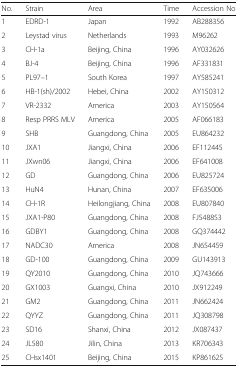
<table><thead><tr><td><b>No.</b></td><td><b>Strain</b></td><td><b>Area</b></td><td><b>Time</b></td><td><b>Accession No</b></td></tr></thead><tbody><tr><td>1</td><td>EDRD-1</td><td>Japan</td><td>1992</td><td>AB288356</td></tr><tr><td>2</td><td>Leystad virus</td><td>Netherlands</td><td>1993</td><td>M96262</td></tr><tr><td>3</td><td>CH-1a</td><td>Beijing, China</td><td>1996</td><td>AY032626</td></tr><tr><td>4</td><td>BJ-4</td><td>Beijing, China</td><td>1996</td><td>AF331831</td></tr><tr><td>5</td><td>PL97–1</td><td>South Korea</td><td>1997</td><td>AY585241</td></tr><tr><td>6</td><td>HB-1(sh)/2002</td><td>Hebei, China</td><td>2002</td><td>AY150312</td></tr><tr><td>7</td><td>VR-2332</td><td>America</td><td>2003</td><td>AY150564</td></tr><tr><td>8</td><td>Resp PRRS MLV</td><td>America</td><td>2005</td><td>AF066183</td></tr><tr><td>9</td><td>SHB</td><td>Guangdong, China</td><td>2005</td><td>EU864232</td></tr><tr><td>10</td><td>JXA1</td><td>Jiangxi, China</td><td>2006</td><td>EF112445</td></tr><tr><td>11</td><td>JXwn06</td><td>Jiangxi, China</td><td>2006</td><td>EF641008</td></tr><tr><td>12</td><td>GD</td><td>Guangdong, China</td><td>2006</td><td>EU825724</td></tr><tr><td>13</td><td>HuN4</td><td>Hunan, China</td><td>2007</td><td>EF635006</td></tr><tr><td>14</td><td>CH-1R</td><td>Heilongjiang, China</td><td>2008</td><td>EU807840</td></tr><tr><td>15</td><td>JXA1-P80</td><td>Guangdong, China</td><td>2008</td><td>FJ548853</td></tr><tr><td>16</td><td>GDBY1</td><td>Guangdong, China</td><td>2008</td><td>GQ374442</td></tr><tr><td>17</td><td>NADC30</td><td>America</td><td>2008</td><td>JN654459</td></tr><tr><td>18</td><td>GD-100</td><td>Guangdong, China</td><td>2009</td><td>GU143913</td></tr><tr><td>19</td><td>QY2010</td><td>Guangdong, China</td><td>2010</td><td>JQ743666</td></tr><tr><td>20</td><td>GX1003</td><td>Guangxi, China</td><td>2010</td><td>JX912249</td></tr><tr><td>21</td><td>GM2</td><td>Guangdong, China</td><td>2011</td><td>JN662424</td></tr><tr><td>22</td><td>QYYZ</td><td>Guangdong, China</td><td>2011</td><td>JQ308798</td></tr><tr><td>23</td><td>SD16</td><td>Shanxi, China</td><td>2012</td><td>JX087437</td></tr><tr><td>24</td><td>JL580</td><td>Jilin, China</td><td>2013</td><td>KR706343</td></tr><tr><td>25</td><td>CHsx1401</td><td>Beijing, China</td><td>2015</td><td>KP861625</td></tr></tbody></table>